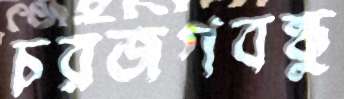
চরজগবন্ধু